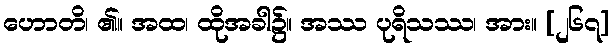
ဟောတိ၊ ၏။ အထ၊ ထိုအခါ၌။ အဿ ပုရိသဿ၊ အား။ [၂၆၇]